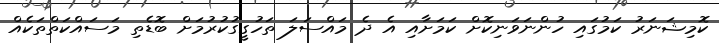
ކޮމިޝަނަރު ކަމުގައި ހުންނަވަނިކޮށް ކަމަށާއި އެ ދެ މައްސަލަ ތަހުގީގުކުރުމަށް ބޮޑެތި މަސައްކަތްތަކެއް